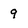
Character: 9